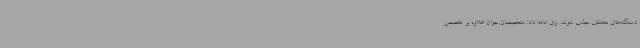
دستگاه‌های مختلف جذب شوند. وی ادامه داد: متخصصان جوان علاوه بر تخصص